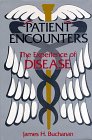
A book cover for Patient Encounters: The Experience of Disease; James H. Buchanan; Health, Fitness & Dieting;